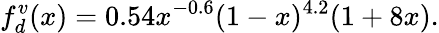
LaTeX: f_{d}^{v}(x)=0.54x^{-0.6}(1-x)^{4.2}(1+8x).